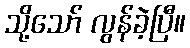
သို့သော် လွန်ခဲ့ပြီ။